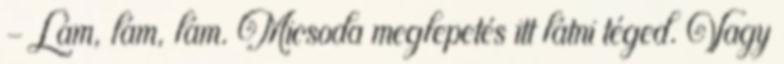
-Lám, lám, lám. Micsoda meglepetés itt látni téged. Vagy